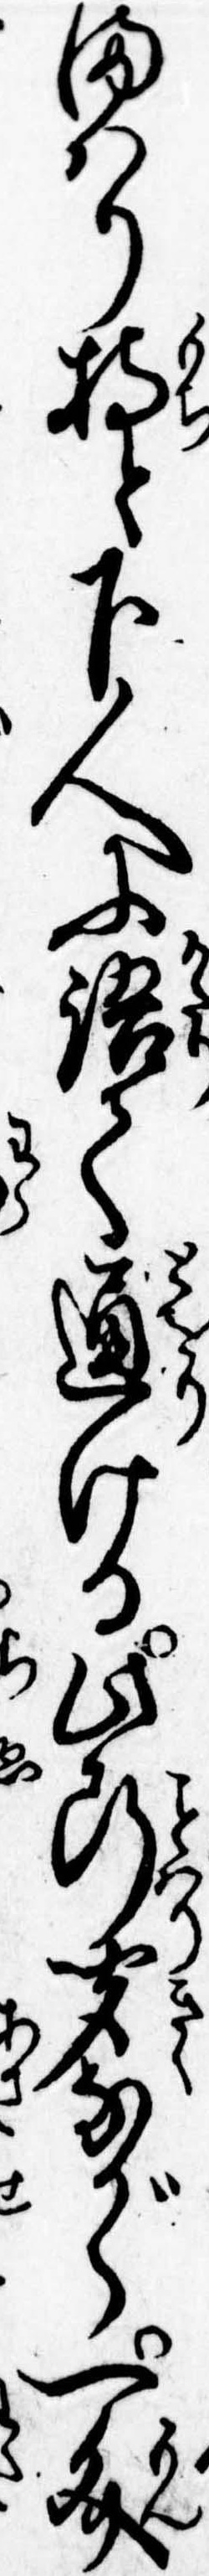
まはり持と下人に語て通ける此断聞ながら一文